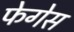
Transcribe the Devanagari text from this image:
फेगेस